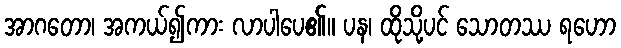
အာဂတော၊ အကယ်၍ကား လာပါပေ၏။ ပန၊ ထိုသို့ပင် သောတဿ ရဟော